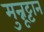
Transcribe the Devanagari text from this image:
मुन्नूट्टान